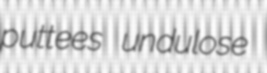
puttees undulose